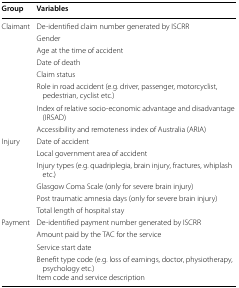
<table><thead><tr><td><b>Group</b></td><td><b>Variables</b></td></tr></thead><tbody><tr><td rowspan="8">Claimant</td><td>De-identified claim number generated by ISCRR</td></tr><tr><td>Gender</td></tr><tr><td>Age at the time of accident</td></tr><tr><td>Date of death</td></tr><tr><td>Claim status</td></tr><tr><td>Role in road accident (e.g. driver, passenger, motorcyclist, pedestrian, cyclist etc.)</td></tr><tr><td>Index of relative socio-economic advantage and disadvantage (IRSAD)</td></tr><tr><td>Accessibility and remoteness index of Australia (ARIA)</td></tr><tr><td rowspan="6">Injury</td><td>Date of accident</td></tr><tr><td>Local government area of accident</td></tr><tr><td>Injury types (e.g. quadriplegia, brain injury, fractures, whiplash etc.)</td></tr><tr><td>Glasgow Coma Scale (only for severe brain injury)</td></tr><tr><td>Post traumatic amnesia days (only for severe brain injury)</td></tr><tr><td>Total length of hospital stay</td></tr><tr><td rowspan="4">Payment</td><td>De-identified payment number generated by ISCRR</td></tr><tr><td>Amount paid by the TAC for the service</td></tr><tr><td>Service start date</td></tr><tr><td>Benefit type code (e.g. loss of earnings, doctor, physiotherapy, psychology etc.)Item code and service description</td></tr></tbody></table>